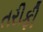
તરીફી